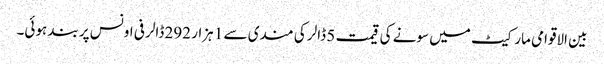
بین الاقوامی مارکیٹ میں سونے کی قیمت 5 ڈالر کی مندی سے 1 ہزار 292 ڈالر فی اونس پر بند ہوئی۔